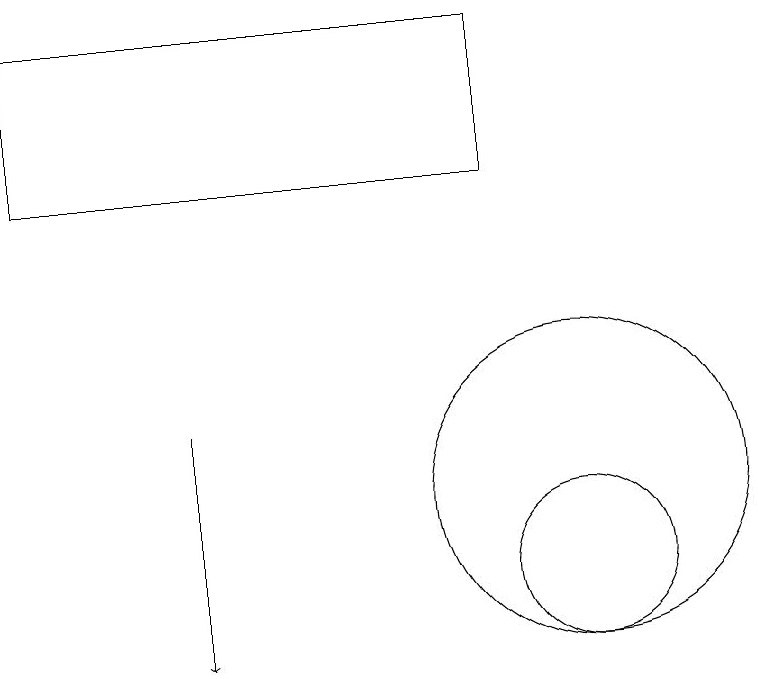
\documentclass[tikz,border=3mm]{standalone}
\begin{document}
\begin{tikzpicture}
\draw[->] (5,13) -- (5,10);
\draw (10,11) circle (1);
\draw (10,12) circle (2);
\draw (9,18) rectangle (3,16);
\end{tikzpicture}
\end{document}